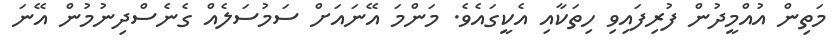
މަތިން އުއްމީދުން ފުރިފައިވި ހިތަކާއި އެކީގައެވެ. މަންމަ އޭނައަށް ސަމުސަލެއް ގެނެސްދިނުމުން އޭނަ